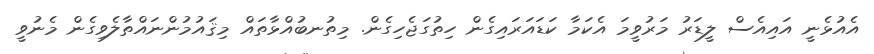
އެއުޅެނީ އައިއެސް ލީޑަރު މަރުވީމަ އެކަމާ ކަޑައަރައިގެން ހިތުގަޖެހިގެން. މިތުނބުއްޅާތައް މިޤައުމުންނައްތާލެވިގެން މެނުވީ